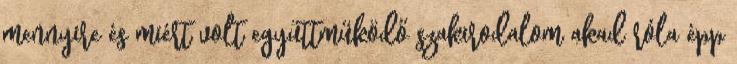
mennyire és miért volt együttműködő szakirodalom akad róla épp